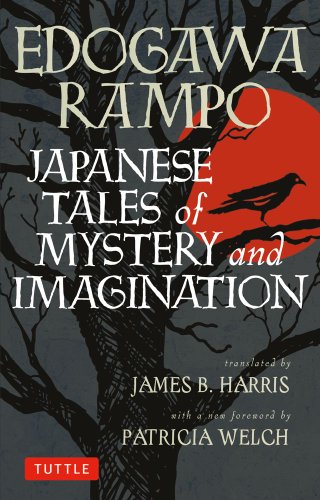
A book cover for Japanese Tales of Mystery and Imagination; Edogawa Rampo; Mystery, Thriller & Suspense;